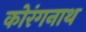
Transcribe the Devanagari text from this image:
कोरंगनाथ